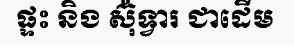
ផ្ទះ និង ស៊ុំទ្វារ ជាដើម